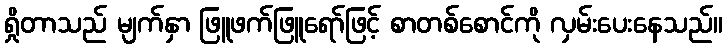
ရှိုတာသည် မျက်နှာ ဖြူဖက်ဖြူရော်ဖြင့် စာတစ်စောင်ကို လှမ်းပေးနေသည်။